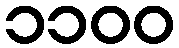
၁၁၀၀